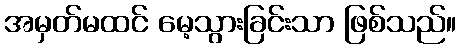
အမှတ်မထင် မေ့သွားခြင်းသာ ဖြစ်သည်။